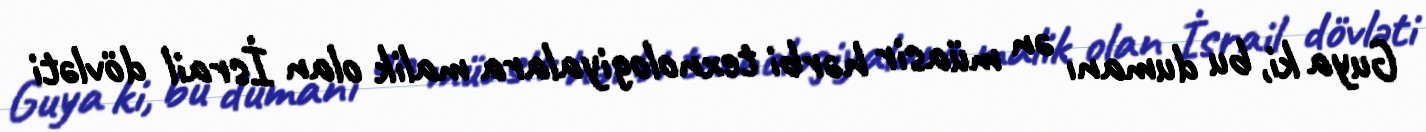
Guya ki, bu dumanı ən müasir hərbi texnologiyalara malik olan İsrail dövləti